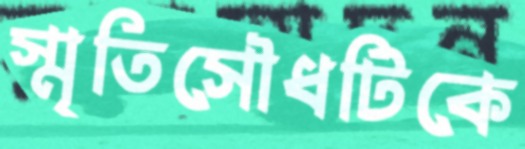
স্মৃতিসৌধটিকে